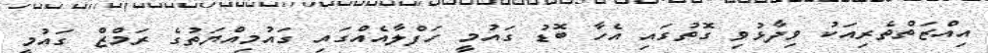
އިއްޒަތްތެރިއަކު ވިދާޅުވި ގޮތުގައި އެހާ ބޮޑު ގައުމީ ހަފްލާއެއްގައި ގައުމިއްޔަތުގެ ރަމްޒް ގައުމީ